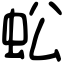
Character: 蚣